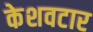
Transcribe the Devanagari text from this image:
केशवटार